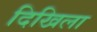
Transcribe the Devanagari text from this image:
दिखिला